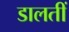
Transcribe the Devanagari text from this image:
डालतीं